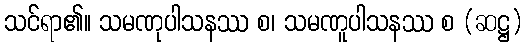
သင်ရာ၏။ သမဏုပါသနဿ စ၊ သမဏူပါသနဿ စ (ဆဋ္ဌ)